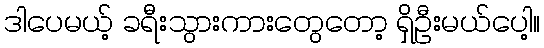
ဒါပေမယ့် ခရီးသွားကားတွေတော့ ရှိဦးမယ်ပေါ့။